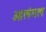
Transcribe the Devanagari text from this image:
ओलंगल